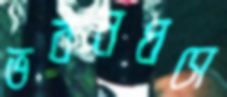
ভবনধসে